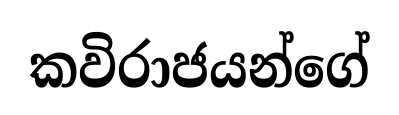
කවිරාජයන්ගේ